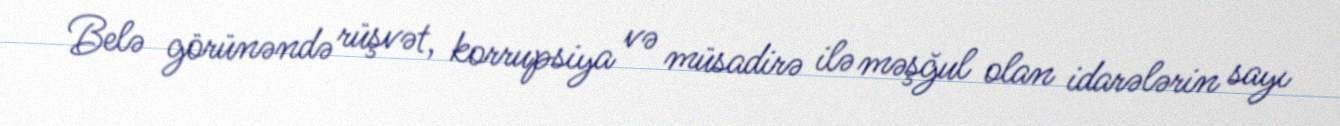
Belə görünəndə rüşvət, korrupsiya və müsadirə ilə məşğul olan idarələrin sayı